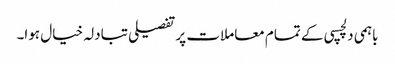
باہمی دلچسپی کے تمام معاملات پر تفصیلی تبادلہ خیال ہوا۔